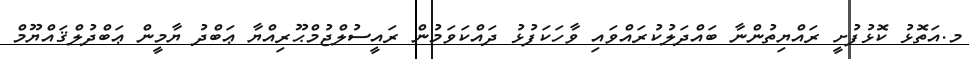
މ.އަތޮޅު ކޮޅުފުށީ ރައްޔިތުންނާ ބައްދަލުކުރައްވައި ވާހަކަފުޅު ދައްކަވަމުން ރައީސުލްޖުމްޙޫރިއްޔާ ޢަބްދު ޔާމީން ޢަބްދުލްޤައްޔޫމް